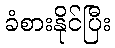
ခံစားနိုင်ပြီး